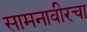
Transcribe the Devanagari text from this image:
सामनावीरचा